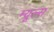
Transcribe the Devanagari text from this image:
म्यूल्स